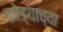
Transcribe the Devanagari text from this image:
कोड्याच्या